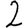
Digit: 2